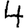
Digit: 4